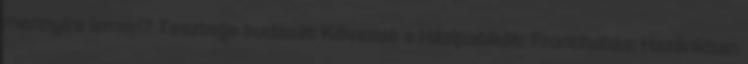
mennyire ismeri? Tesztelje tudását Kövesse a Házipatikát: Fronthatás: Hazánkban